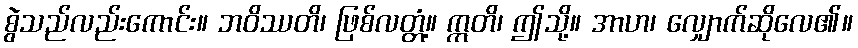
စွဲသည်လည်းကောင်း။ ဘဝိဿတိ၊ ဖြစ်လတ္တံ့။ ဣတိ၊ ဤသို့။ အာဟ၊ လျှောက်ဆိုလေ၏။